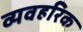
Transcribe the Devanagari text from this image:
व्यवहरिक